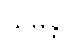
သမန္တိ